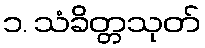
၁. သံခိတ္တသုတ်